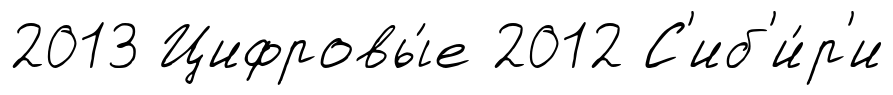
2013 Цифровы́е 2012 С'иб'и́р'и